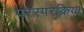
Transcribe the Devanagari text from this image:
परस्परक्रिया